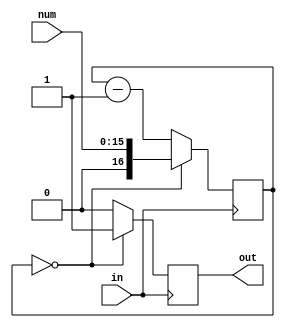
module clkdiv_16(in,out,num);

	input in;
	input [15:0] num;

	output reg out;
	
	reg [16:0] count;
	initial count = 16'b0;
	initial out = 1'b0;
	
	always @ (posedge in)
	begin 
		if (count==16'b0)
			begin
			count<=num;
			out<=1'b1;
			end
		else
			begin
			count<=count-1'b1;
			out<=1'b0;
			end
	end
	
endmodule